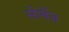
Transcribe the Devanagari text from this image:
सोर्सेज़